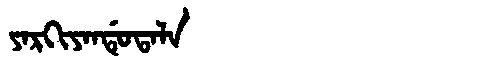
Manchu: ᠶᠠᡵᡴᡳᠶᠠᠨᡩᡠᡨᠠᠯᠠ
Romanization: YARKIYANDUTALA